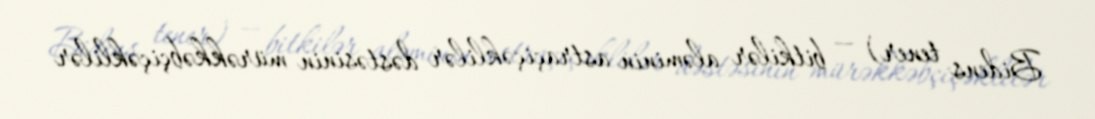
Bidens tener) — bitkilər aləminin astraçiçəklilər dəstəsinin mürəkkəbçiçəklilər